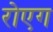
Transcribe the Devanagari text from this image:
रोएग